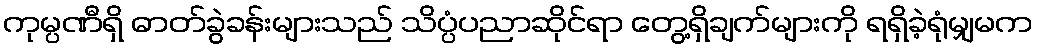
ကုမ္ပဏီရှိ ဓာတ်ခွဲခန်းများသည် သိပ္ပံပညာဆိုင်ရာ တွေ့ရှိချက်များကို ရရှိခဲ့ရုံမျှမက